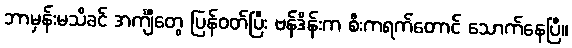
ဘာမှန်းမသိခင် အင်္ကျီတွေ ပြန်ဝတ်ပြီး ဗန်ဒိန်းက စီးကရက်တောင် သောက်နေပြီ။